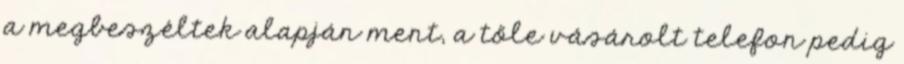
a megbeszéltek alapján ment, a tőle vásárolt telefon pedig